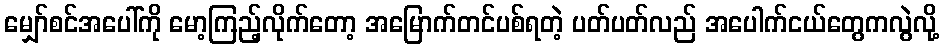
မျှော်စင်အပေါ်ကို မော့ကြည့်လိုက်တော့ အမြောက်တင်ပစ်ရတဲ့ ပတ်ပတ်လည် အပေါက်ငယ်တွေကလွဲလို့